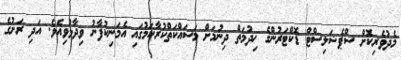
މެދުވެރިކޮަށް ސްޕެޝަލިސްޓް ޑޮކްޓަރުންގެ ޚިދުމަތް ދިނުމަށް މަސައްކަތްކުރާކަމުގައި އެމަނިކުފާނު ވިދާޅުވިއެވެ. އަދި ރަށުގެ